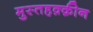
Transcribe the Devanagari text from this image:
मुस्तहक़्क़ीन